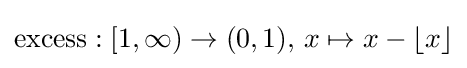
\operatorname {excess} :[1,\infty )\to (0,1),\,x\mapsto x-\lfloor x\rfloor